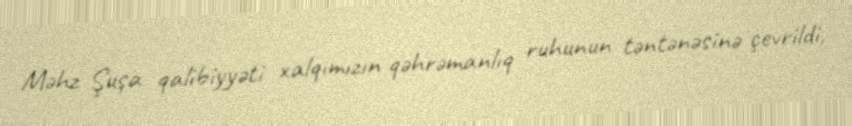
Məhz Şuşa qalibiyyəti xalqımızın qəhrəmanlıq ruhunun təntənəsinə çevrildi,